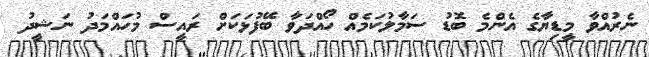
ނެރުއްވާ މީޑިޔާގެ އެންމެ ބޮޑު ސަމާލުކަމެއް ހޯއްދަވާ ބޭފުޅަކަށް ރައީސް މުހައްމަދު ނަޝީދު